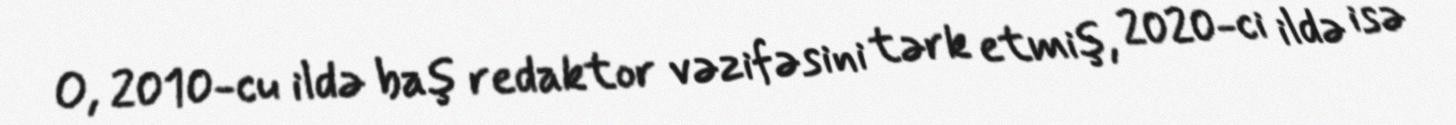
O, 2010-cu ildə baş redaktor vəzifəsini tərk etmiş, 2020-ci ildə isə